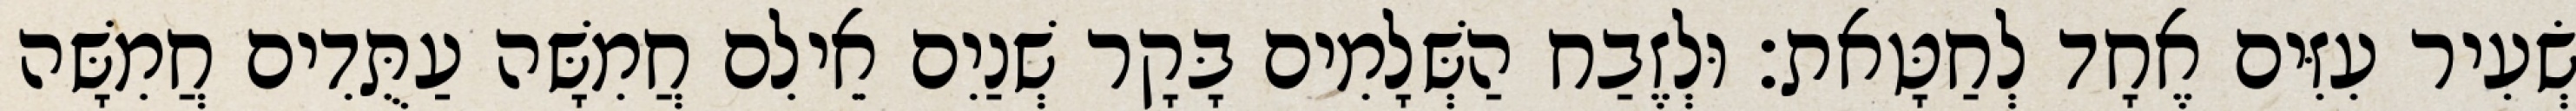
שְׂעִיר עִזִּים אֶחָד לְחַטָּאת׃ וּלְזֶבַח הַשְּׁלָמִים בָּקָר שְׁנַיִם אֵילִם חֲמִשָּׁה עַתֻּדִים חֲמִשָּׁה